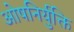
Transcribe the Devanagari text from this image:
ओषनिर्युक्ति